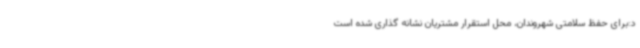
د:برای حفظ سلامتی شهروندان، محل استقرار مشتریان نشانه گذاری شده است